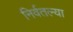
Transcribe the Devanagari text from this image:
निर्वतल्या